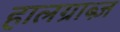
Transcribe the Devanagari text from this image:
हालग्राब्ज़